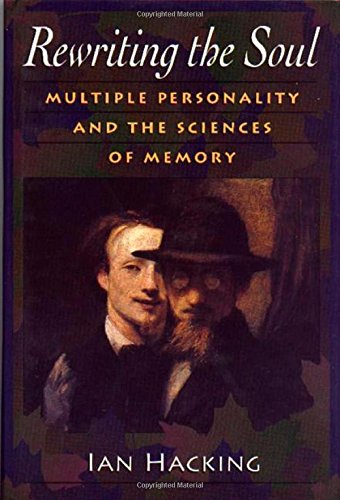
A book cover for Rewriting the Soul; Ian Hacking; Health, Fitness & Dieting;